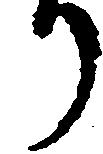
り